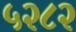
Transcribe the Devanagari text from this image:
५२८२